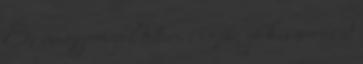
És nagyon jól tettem : egész jó kis sorozat